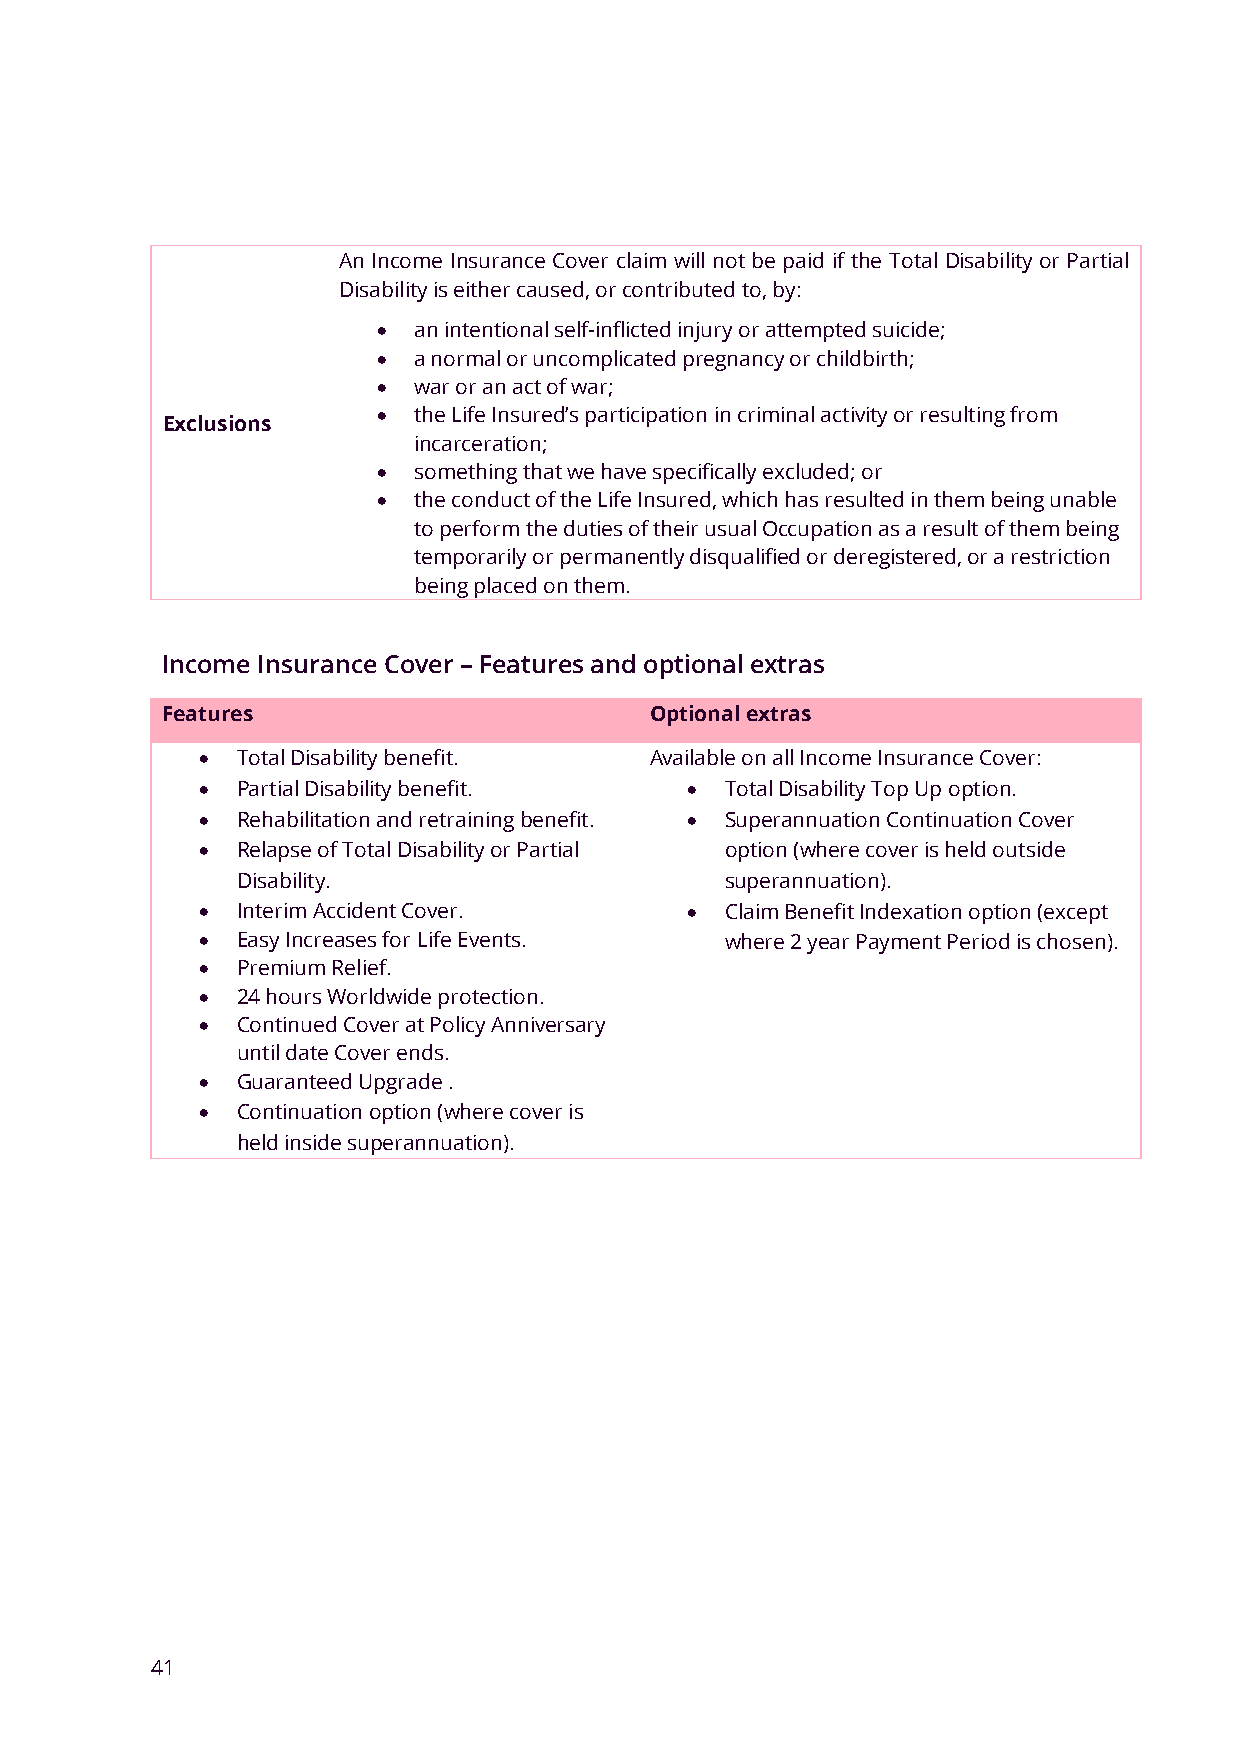
An Income Insurance Cover claim will not be paid if the Total Disability or Partial
 Disability is either caused, or contributed to, by:
 • an intentional self-inflicted injury or attempted suicide;
 • a normal or uncomplicated pregnancy or childbirth;
 • war or an act of war;
 • the Life Insured’s participation in criminal activity or resulting from
 Exclusions
 incarceration;
 • something that we have specifically excluded; or
 • the conduct of the Life Insured, which has resulted in them being unable
 to perform the duties of their usual Occupation as a result of them being
 temporarily or permanently disqualified or deregistered, or a restriction
 being placed on them.
 Income Insurance Cover – Features and optional extras
 Features                        Optional extras
 •  Total Disability benefit.  Available on all Income Insurance Cover:
 •  Partial Disability benefit.  •  Total Disability Top Up option.
 •  Rehabilitation and retraining benefit. • Superannuation Continuation Cover
 •  Relapse of Total Disability or Partial option (where cover is held outside
 Disability.                     superannuation).
 •  Interim Accident Cover.      •  Claim Benefit Indexation option (except
 •  Easy Increases for Life Events. where 2 year Payment Period is chosen).
 •  Premium Relief.
 •  24 hours Worldwide protection.
 •  Continued Cover at Policy Anniversary
 until date Cover ends.
 •  Guaranteed Upgrade .
 •  Continuation option (where cover is
 held inside superannuation).
 41